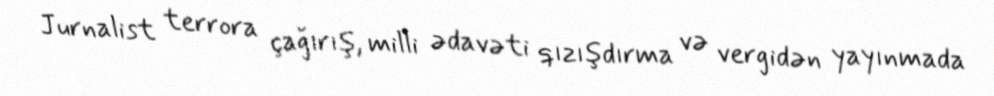
Jurnalist terrora çağırış, milli ədavəti qızışdırma və vergidən yayınmada